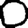
Digit: 0